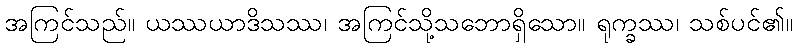
အကြင်သည်။ ယဿယာဒိသဿ၊ အကြင်သို့သဘောရှိသော။ ရုက္ခဿ၊ သစ်ပင်၏။